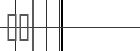
١٠